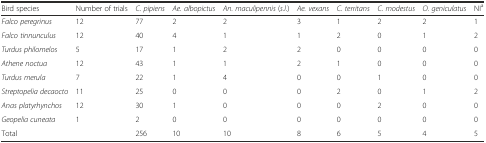
| Bird species | Number of trials | C. pipiens | Ae. albopictus | An. maculipennis (s.l.) | Ae. vexans | C. territans | C. modestus | O. geniculatus | NIa |
 | --- | --- | --- | --- | --- | --- | --- | --- | --- | --- |
 | Falco peregrinus | 12 | 77 | 2 | 2 | 3 | 1 | 2 | 2 | 1 |
 | Falco tinnunculus | 12 | 40 | 4 | 1 | 1 | 2 | 0 | 1 | 2 |
 | Turdus philomelos | 5 | 17 | 1 | 2 | 2 | 0 | 0 | 0 | 0 |
 | Athene noctua | 12 | 43 | 1 | 1 | 2 | 1 | 0 | 0 | 0 |
 | Turdus merula | 7 | 22 | 1 | 4 | 0 | 0 | 1 | 0 | 0 |
 | Streptopelia decaocto | 11 | 25 | 0 | 0 | 0 | 2 | 0 | 1 | 2 |
 | Anas platyrhynchos | 12 | 30 | 1 | 0 | 0 | 0 | 2 | 0 | 0 |
 | Geopelia cuneata | 1 | 2 | 0 | 0 | 0 | 0 | 0 | 0 | 0 |
 | Total |  | 256 | 10 | 10 | 8 | 6 | 5 | 4 | 5 |